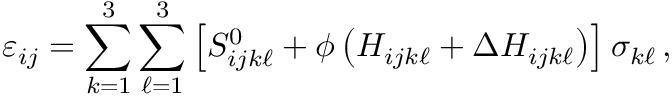
\varepsilon _ { i j } = \sum _ { k = 1 } ^ { 3 } \sum _ { \ell = 1 } ^ { 3 } \left[ S _ { i j k \ell } ^ { 0 } + \phi \left( H _ { i j k \ell } + \Delta H _ { i j k \ell } \right) \right] \sigma _ { k \ell } \, ,